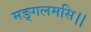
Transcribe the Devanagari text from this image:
मङ्गलमसि।।